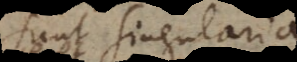
sunt singularia.